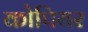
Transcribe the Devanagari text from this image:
कोपियर